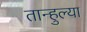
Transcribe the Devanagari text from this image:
तान्हुल्या